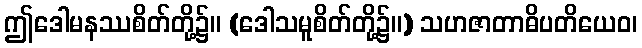
ဤဒေါမနဿစိတ်တို့၌။ (ဒေါသမူစိတ်တို့၌။) သဟဇာတာဓိပတိယေဝ၊